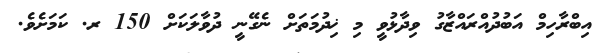
އިބްރާހިމް އަބުދުއްރައްޒާގު ވިދާޅުވީ މި ޚިދުމަތަށް ނެގޭނީ ދުވާލަކަށް 150 ރ. ކަމަށެވެ.